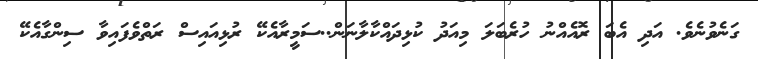
ގަނެވުނެވެ. އަދި އެބަ ރޮއެއްނު ހުރެބަލަ މިއަދު ކުޅިދައްކާލާނަން..ސަމީރާއެކޭ ރުޅިއައިސް ރަތްވެފައިވާ ސިންގާއެކޭ